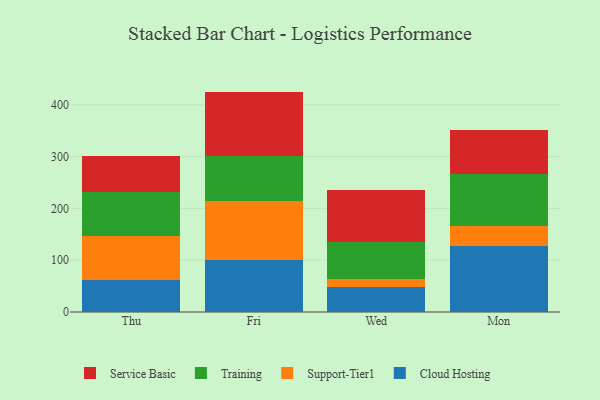
{"axis": {"x": "Day", "y": "Production Output"}, "legend": ["Cloud Hosting", "Service Basic", "Support-Tier1", "Training"], "data": [{"x": "Thu", "y": 62.4, "type": "Cloud Hosting"}, {"x": "Thu", "y": 84.4, "type": "Support-Tier1"}, {"x": "Thu", "y": 84.5, "type": "Training"}, {"x": "Thu", "y": 69.1, "type": "Service Basic"}, {"x": "Fri", "y": 99.6, "type": "Cloud Hosting"}, {"x": "Fri", "y": 114.0, "type": "Support-Tier1"}, {"x": "Fri", "y": 88.2, "type": "Training"}, {"x": "Fri", "y": 123.9, "type": "Service Basic"}, {"x": "Wed", "y": 49.2, "type": "Cloud Hosting"}, {"x": "Wed", "y": 14.3, "type": "Support-Tier1"}, {"x": "Wed", "y": 72.3, "type": "Training"}, {"x": "Wed", "y": 99.2, "type": "Service Basic"}, {"x": "Mon", "y": 126.9, "type": "Cloud Hosting"}, {"x": "Mon", "y": 39.5, "type": "Support-Tier1"}, {"x": "Mon", "y": 99.3, "type": "Training"}, {"x": "Mon", "y": 84.9, "type": "Service Basic"}]}